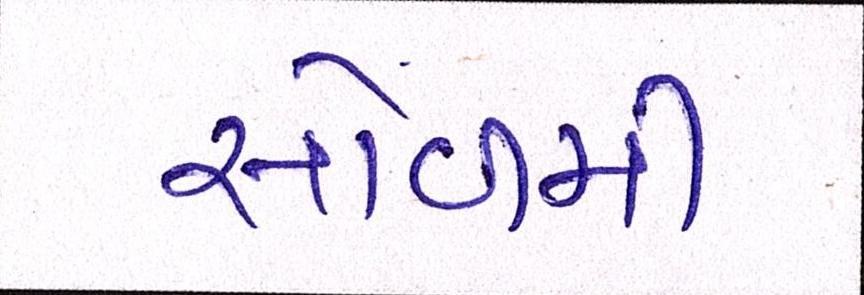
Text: સોળમી